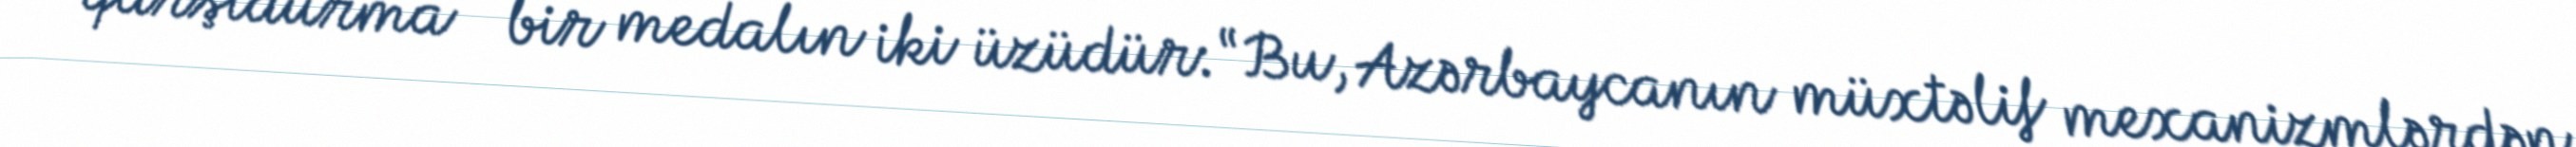
qarşıdurma - bir medalın iki üzüdür: “Bu, Azərbaycanın müxtəlif mexanizmlərdən